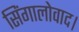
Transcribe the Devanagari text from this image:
सिंगालोवाद।